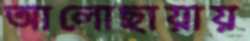
আলোছায়ায়